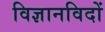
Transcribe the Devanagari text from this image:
विज्ञानविदों